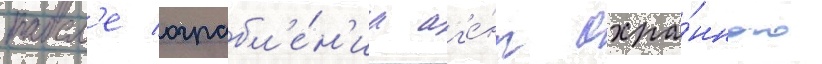
посл'е ограбл'е́н'иа аг'е́нт охра́нного